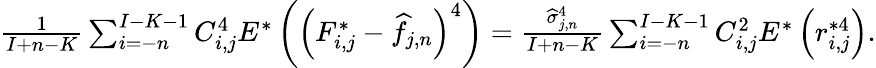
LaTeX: \begin{array}{r}{\frac{1}{I+n-K}\sum_{i=-n}^{I-K-1}C_{i,j}^{4}E^{*}\left(\left(F_{i,j}^{*}-\widehat f_{j,n}\right)^{4}\right)=\frac{\widehat\sigma_{j,n}^{4}}{I+n-K}\sum_{i=-n}^{I-K-1}C_{i,j}^{2}E^{*}\left(r_{i,j}^{*4}\right).}\end{array}